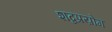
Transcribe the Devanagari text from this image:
शब्दप्रय़ोग